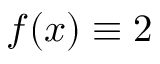
f ( x ) \equiv 2